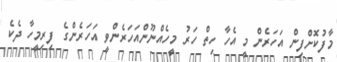
މާފުކޮށްފިން އަހަރެން މީ އެހާ ހިތް ހަރު މީހެއްނޫންއަހަރެންވީ އަހަރެންގެ ފިރިމީހާ ދެކެ